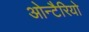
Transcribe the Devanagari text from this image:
ओन्टैरियो